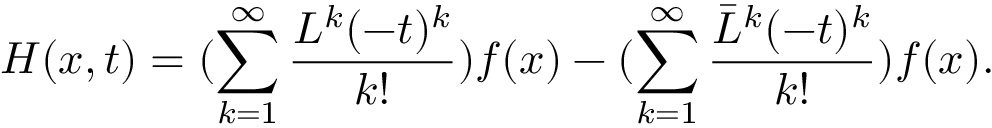
H ( x , t ) = ( \sum _ { k = 1 } ^ { \infty } \frac { { L } ^ { k } ( - t ) ^ { k } } { k ! } ) f ( x ) - ( \sum _ { k = 1 } ^ { \infty } \frac { { \bar { L } } ^ { k } ( - t ) ^ { k } } { k ! } ) f ( x ) .